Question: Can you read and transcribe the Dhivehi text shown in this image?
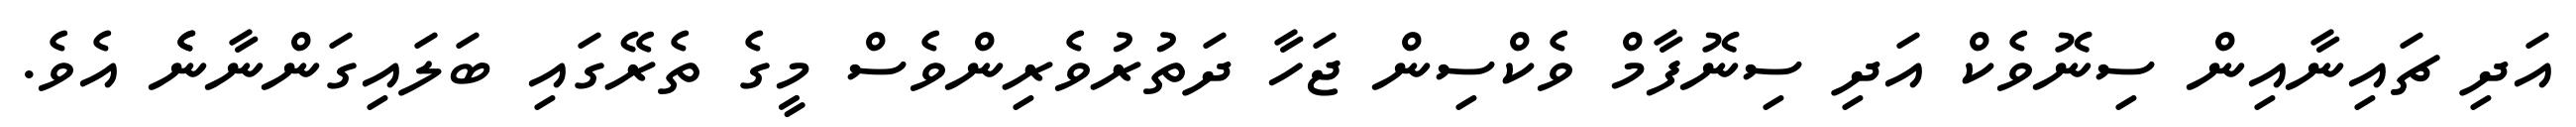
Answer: އަދި ޗައިނާއިން ސިނޮވެކް އަދި ސިނޮފާމް ވެކްސިން ޖަހާ ދަތުރުވެރިންވެސް މީގެ ތެރޭގައި ބަލައިގަންނާނެެ އެވެ.